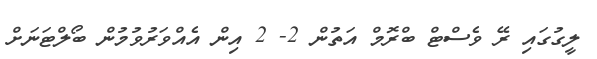
ލީގުގައި ރޭ ވެސްޓް ބްރޮމް އަތުން 2- 2 އިން އެއްވަރުވުމުން ބޯލްޓަނަށް